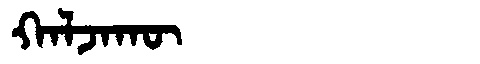
Manchu: ᡴᠠᠯᠵᠠᡴᡡ
Romanization: KALJAKŪ